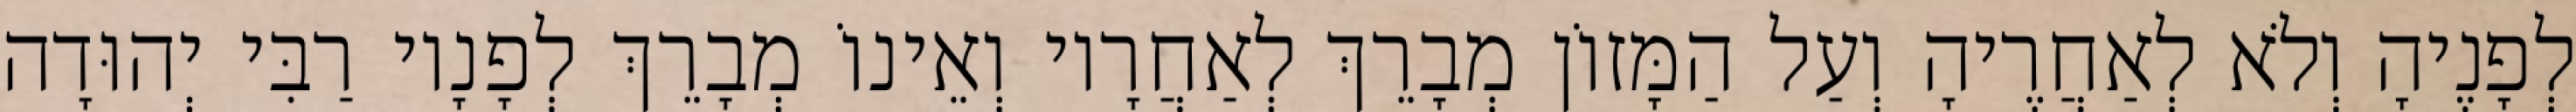
לְפָנֶיהָ וְלֹא לְאַחֲרֶיהָ וְעַל הַמָּזוֹן מְבָרֵךְ לְאַחֲרָיו וְאֵינוֹ מְבָרֵךְ לְפָנָיו רַבִּי יְהוּדָה